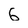
Character: 6